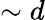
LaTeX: \sim d